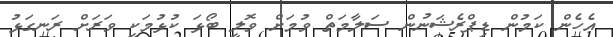
އެހެން ކަމުން ޑިޕްރެޝަނުން ސަލާމަތް ވުމަށް ވޮލީ ބޯޅަ ކުޅުމަކީ ވަރަށް ރަނގަޅު